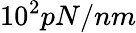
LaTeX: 10^{2}pN/nm